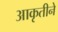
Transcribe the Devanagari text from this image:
आकृतीने